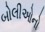
બોલીઓનો